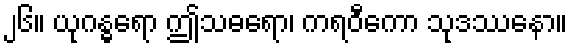
၂၆။ ယုဂန္ဓရော ဤသဓရော၊ ကရဝီကော သုဒဿနော။